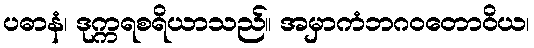
ပဓာနံ၊ ဒုက္ကရစရိယာသည်။ အမှာကံဘဂဝတောဝိယ၊